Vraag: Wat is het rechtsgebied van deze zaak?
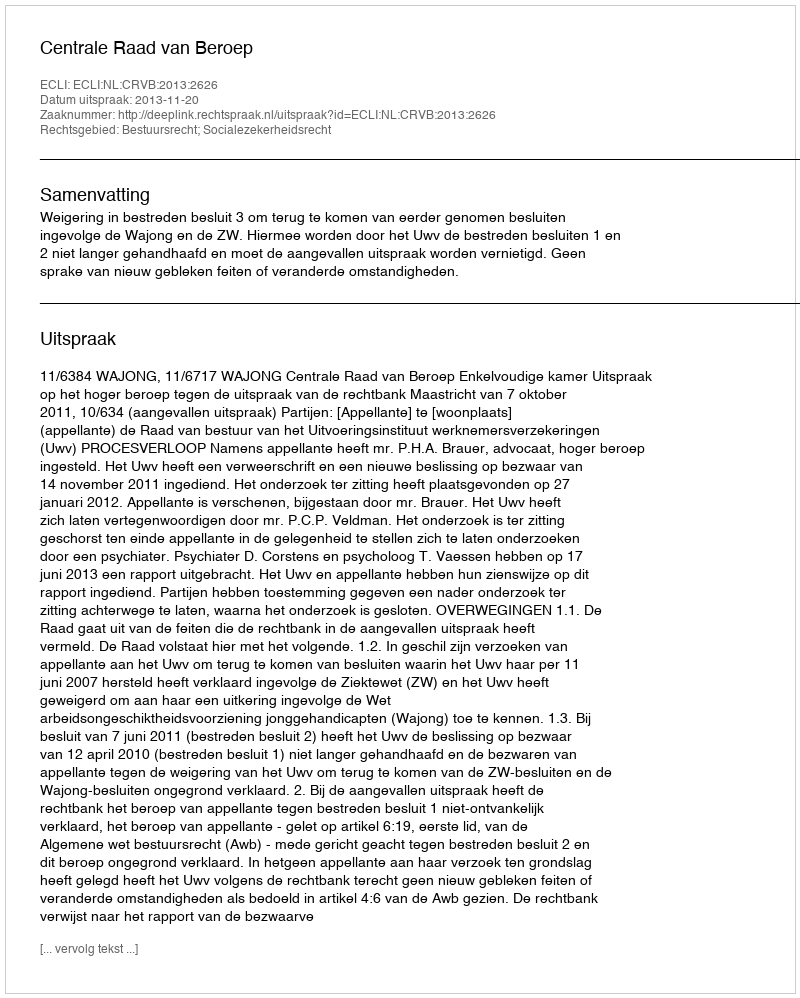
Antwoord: Bestuursrecht; Socialezekerheidsrecht